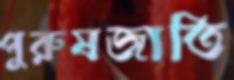
পুরুষজাতি